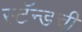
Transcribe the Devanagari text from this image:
स्टॅन्डची